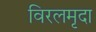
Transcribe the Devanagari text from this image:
विरलमृदा